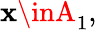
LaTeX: \mathbf{x}\inA_{1},